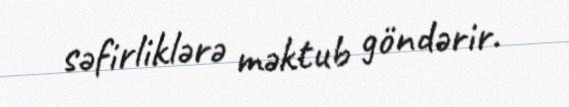
səfirliklərə məktub göndərir.